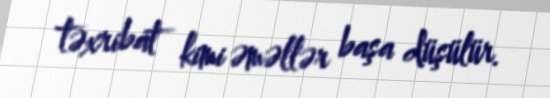
təxribat kimi əməllər başa düşülür.